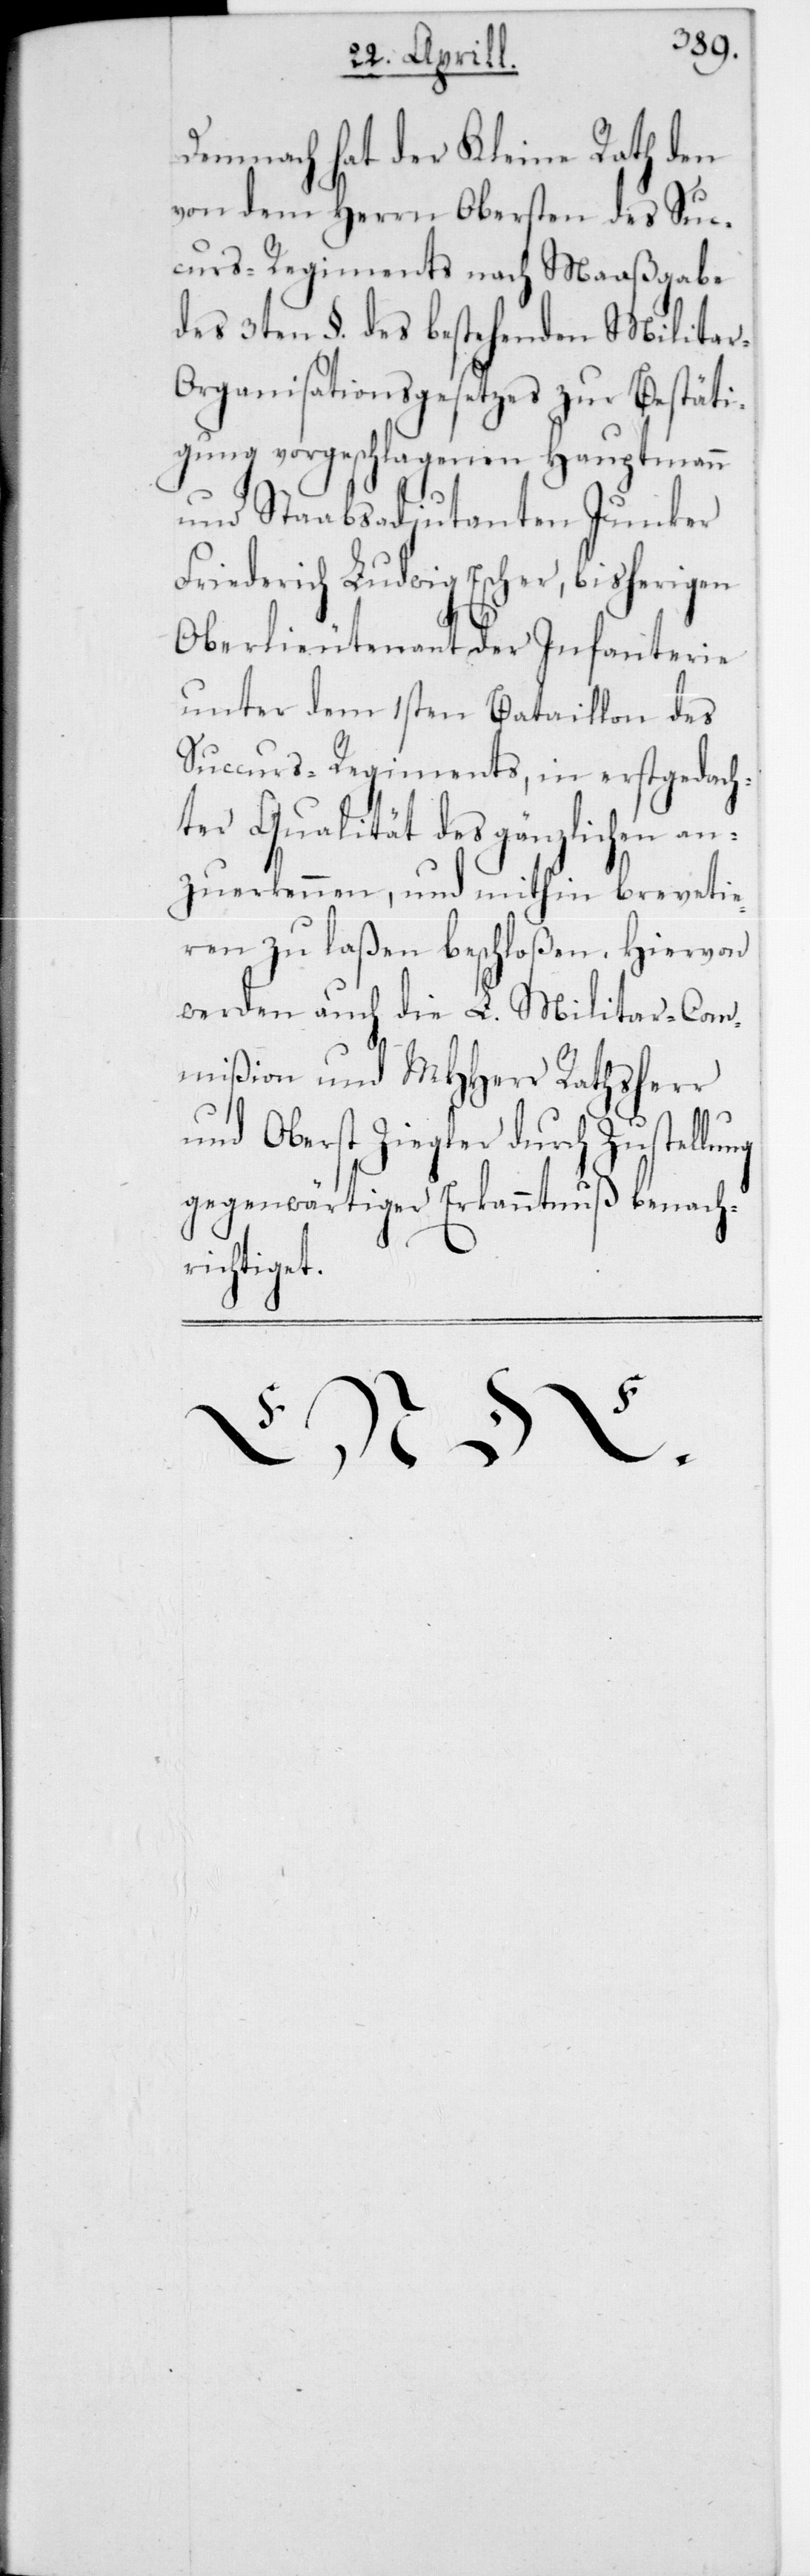
Demnach hat der Kleine Rath den
von dem Herrn Obersten des Suc¬
curs-Regiments nach Maaßgabe
des 3ten § des bestehenden Militar-O¬
rganisationsgesetzes zur Bestäti¬
gung vorgeschlagenen Hauptmann
und Staabsadjudanten Junker
Friederich Ludwig Escher, bisherigen
Oberlieutenant der Infanterie
unter dem 1sten Bataillon des
Succurs-Regiments, in erstgedach¬
ter Qualität des gänzlichen an¬
zuerkennen, und mithin brevetie¬
ren zu laßen beschloßen. Hiervon
werden auch die L. Militar-Com¬
mißion und MHherr Rathsherr
und Oberst Ziegler durch Zustellu¬
gegenwärtiger Erkanntnuß b¬
enach¬
richtiget.
ng